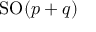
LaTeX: \mathrm { S O } ( p + q )